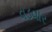
વડવાર